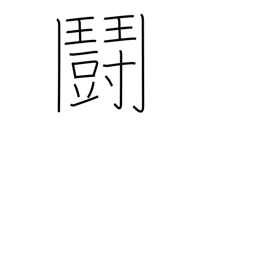
Meaning: fighting